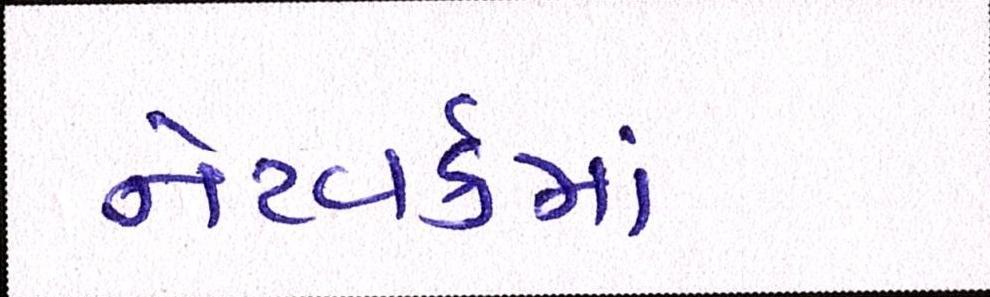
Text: નેટવર્કમાં